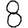
Digit: 8